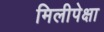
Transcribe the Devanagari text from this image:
मिलीपेक्षा